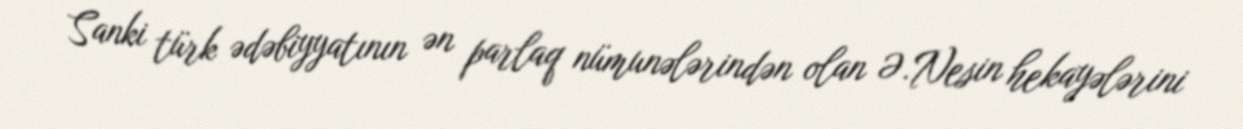
Sanki türk ədəbiyyatının ən parlaq nümunələrindən olan Ə.Nesin hekayələrini